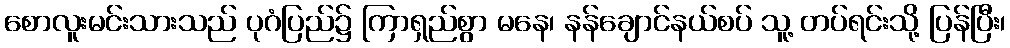
စောလူးမင်းသားသည် ပုဂံပြည်၌ ကြာရှည်စွာ မနေ၊ နန်ချောင်နယ်စပ် သူ့ တပ်ရင်းသို့ ပြန်ပြီး၊